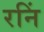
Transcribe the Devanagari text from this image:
रनिं